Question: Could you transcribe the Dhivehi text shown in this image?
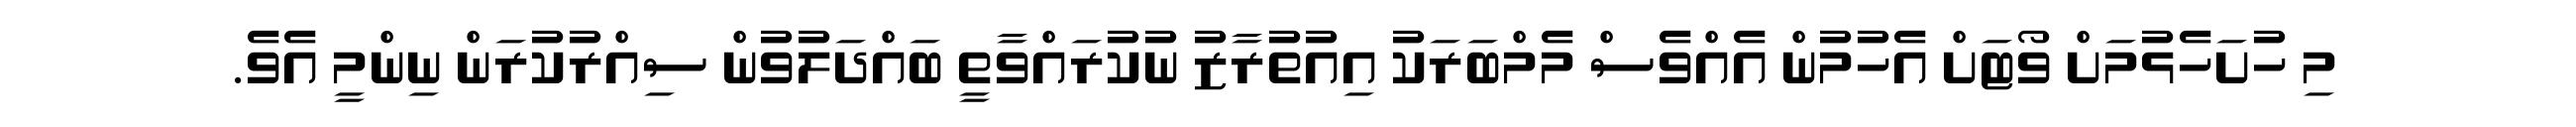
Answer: މި ހުށަހެޅުމަށް ވޯޓަށް އެހުމުން އެއްވެސް މެމްބަރަކު އިއުތުރާޒު ނުކުރައްވާތީ ބައްދަލުވުން ސިއްރުކުރަން ނިންމީ އެވެ.